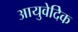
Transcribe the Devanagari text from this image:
आयुवेदिेक